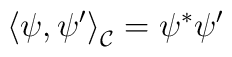
\left\langle \psi ,\psi ^{\prime }\right\rangle _{\mathcal{C}}=\psi ^{*}\psi^{\prime }